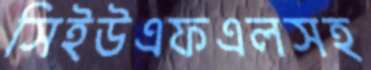
সিইউএফএলসহ